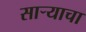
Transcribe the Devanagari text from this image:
साऱ्याचा